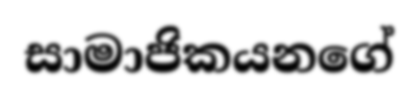
සාමාජිකයනගේ